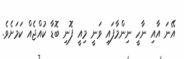
އޭނަ އާއި ނާހީ ނިންމާފައި ވަނީ މިއީ ފޮނި ބޮޑާ ކުއްޖެއް ކަމަށެވެ.